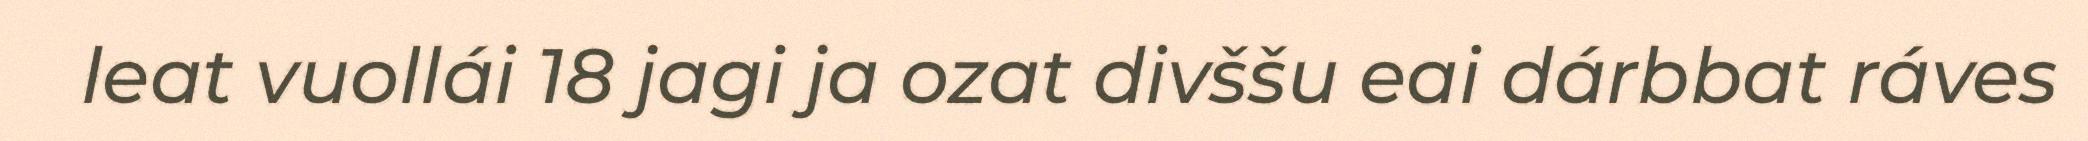
leat vuollái 18 jagi ja ozat divššu eai dárbbat ráves